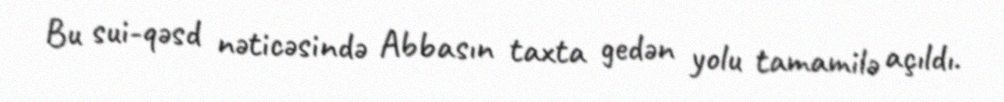
Bu sui-qəsd nəticəsində Abbasın taxta gedən yolu tamamilə açıldı.